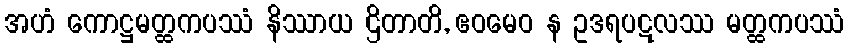
အဟံ ကောဋ္ဌမတ္ထကပဿံ နိဿာယ ဌိတာတိ, ဧဝမေဝ န ဥဒရပဋလဿ မတ္ထကပဿံ